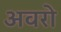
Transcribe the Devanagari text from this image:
अवरो